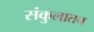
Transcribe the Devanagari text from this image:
संकुलातच